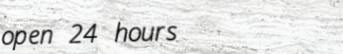
open 24 hours